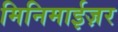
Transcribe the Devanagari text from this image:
मिनिमाईज़र